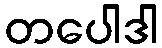
တပေါဒါ